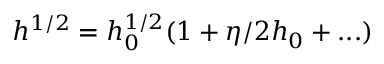
h ^ { 1 / 2 } = h _ { 0 } ^ { 1 / 2 } ( 1 + \eta / 2 h _ { 0 } + . . . )